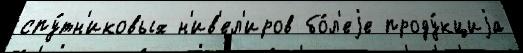
спу́тн'иковых н'ив'ел'иров бо́л'еjе проду́кциjа